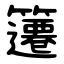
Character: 䉦